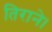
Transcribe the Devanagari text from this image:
तिराने।